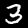
Digit: 3